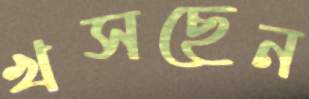
খসছেন